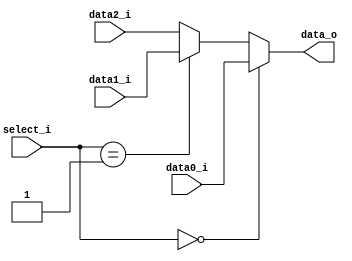
//109550085
`timescale 1ns / 1ps
//////////////////////////////////////////////////////////////////////////////////
// Company: 
// Engineer: 
// 
// Design Name: 
// Module Name: MUX_3to1
// Project Name: 
// Target Devices: 
// Tool Versions: 
// Description: 
// 
// Dependencies: 
// 
// Revision:
// Revision 0.01 - File Created
// Additional Comments:
// 
//////////////////////////////////////////////////////////////////////////////////


module MUX_3to1(
    data0_i,
    data1_i,
    data2_i,
    select_i,
    data_o
    );
    
parameter size = 0;

//I/O ports  
input   [size-1:0] data0_i;
input   [size-1:0] data1_i;
input   [size-1:0] data2_i;
input   [2-1:0] select_i;
output  [size-1:0] data_o;

//Internal Signals
reg     [size-1:0] data_o;

//Main function
always @(*)
begin
    data_o = (select_i == 2'b00) ? data0_i:
             (select_i == 2'b01) ? data1_i:data2_i;
end
endmodule